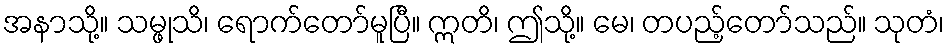
အနာသို့။ သမ္ဖုသိ၊ ရောက်တော်မူပြီ။ ဣတိ၊ ဤသို့။ မေ၊ တပည့်တော်သည်။ သုတံ၊